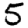
Digit: 5